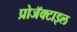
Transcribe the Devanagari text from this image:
प्रोजॅक्टाइल